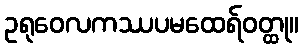
ဥရုဝေလကဿပမထေရ်ဝတ္ထု။